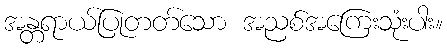
အန္တရာယ်ပြုတတ်သော အညစ်အကြေးသုံးပါး။